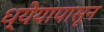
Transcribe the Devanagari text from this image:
ध्येयापासून